Report of the Imperial Institute of Veterinary Research, Muktesar
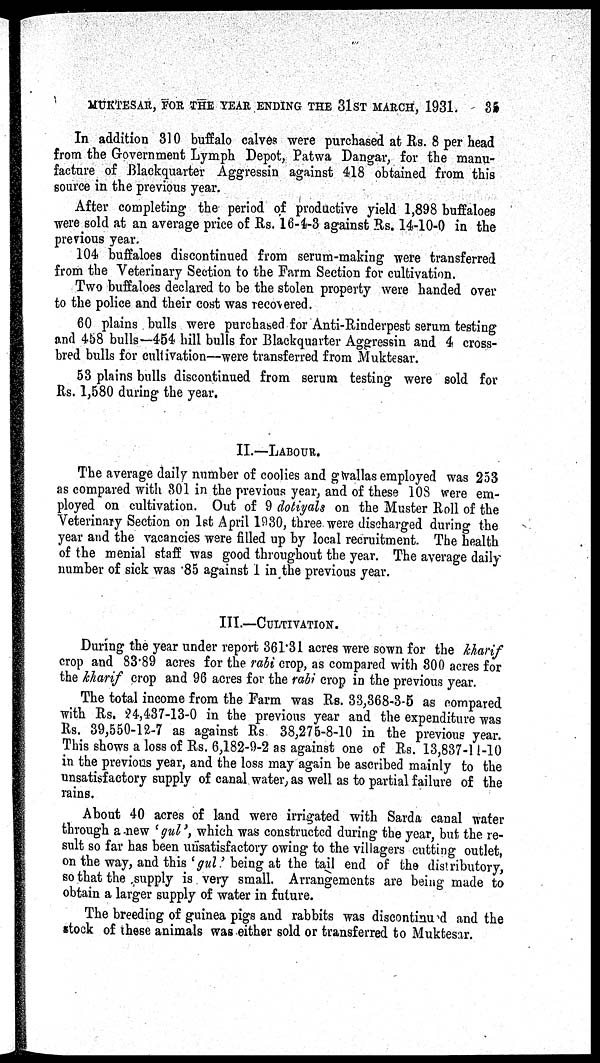
MUKTESAR, FOR THE YEAR ENDING THE 31ST MARCH, 1931.
35
In addition 310 buffalo calves were purchased at Rs. 8 per head
from the Government Lymph Depot, Patwa Dangar, for the manu-
facture of Blackquarter Aggressin against 418 obtained from this
source in the previous year.
After completing the period of productive yield 1,898 buffaloes
were sold at an average price of Rs. 16-4-3 against Rs. 14-10-0 in the
previous year.
104 buffaloes discontinued from serum-making were transferred
from the Veterinary Section to the Farm Section for cultivation.
Two buffaloes declared to be the stolen property were handed over
to the police and their cost was recovered.
60 plains bulls were purchased for Anti-Rinderpest serum testing
and 458 bulls—454 hill bulls for Blackquarter Aggressin and 4 cross-
bred bulls for cultivation—were transferred from Muktesar.
53 plains bulls discontinued from serum testing were sold for
Rs. 1,580 during the year.
II.—LABOUR.
The average daily number of coolies and gwallas employed was 253
as compared with 301 in the previous year, and of these 108 were em-
ployed on cultivation. Out of 9 dotiyals on the Muster Roll of the
Veterinary Section on 1st April 1930, three were discharged during the
year and the vacancies were filled up by local recruitment. The health
of the menial staff was good throughout the year. The average daily
number of sick was 85 against 1 in the previous year.
III.—CULTIVATION.
During the year under report 361.31 acres were sown for the kharif
crop and 83.89 acres for the rabi crop, as compared with 300 acres for
the kharif crop and 96 acres for the rabi crop in the previous year.
The total income from the Farm was Rs. 33,368-3-5 as compared
with Rs. 24,437-13-0 in the previous year and the expenditure was
Rs. 39,550-12-7 as against Rs 38,275-8-10 in the previous year.
This shows a loss of Rs. 6,182-9-2 as against one of Rs. 13,837-11-10
in the previous year, and the loss may again be ascribed mainly to the
unsatisfactory supply of canal water, as well as to partial failure of the
rains.
About 40 acres of land were irrigated with Sarda canal water
through a new 'gul', which was constructed during the year, but the re-
sult so far has been unsatisfactory owing to the villagers cutting outlet,
on the way, and this 'gul' being at the tail end of the distributory,
so that the supply is very small. Arrangements are being made to
obtain a larger supply of water in future.
The breeding of guinea pigs and rabbits was discontinued and the
stock of these animals was either sold or transferred to Muktesar.